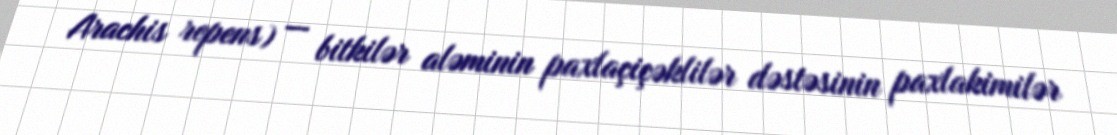
Arachis repens) — bitkilər aləminin paxlaçiçəklilər dəstəsinin paxlakimilər